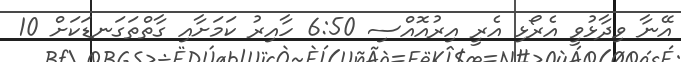
އޭނާ ވިދާޅުވީ އެރޯޅި އެރީ އިރުއޮއްސި 6:50 ހާއިރު ކަމަށާއި ގާތްތަގަނޑަކަށް 10